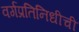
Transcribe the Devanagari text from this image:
वर्गप्रतिनिधीची